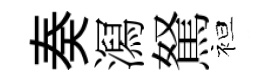
奏㵼駑袒